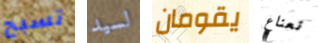
تسبح لسيد يقومان نعناع